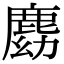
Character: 𪊛